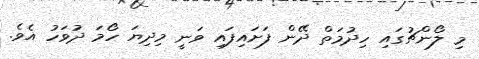
މި ލޯންޗުގައި ހިދުމަތް ދޭން ފަށައިފައި ވަނީ މިދިޔަ ހޯމަ ދުވަހު އެވެ.